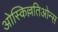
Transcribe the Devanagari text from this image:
ओस्किल्लतिओन्स